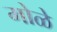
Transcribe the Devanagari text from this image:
मोळे